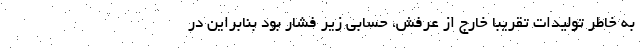
به خاطر تولیدات تقریبا خارج از عرفش، حسابی زیر فشار بود بنابراین در